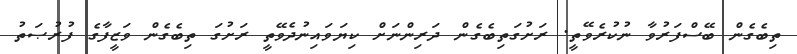
ތިބެގެން ބޭސްފަރުވާ ނުކުރެވޭތީ. ރަށުގަތިބެގެން ދަރިންނަށް ކިޔަވައިނުދެވޭތީ ރަށުގަ ތިބެގެން ވަޒީފާގެ ފުރުޞަތު